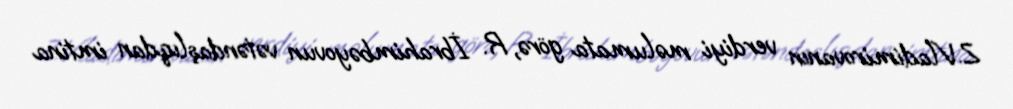
Z.Vladimirovanın verdiyi məlumata görə, R. İbrahimbəyovun vətəndaşlıqdan imtina